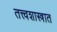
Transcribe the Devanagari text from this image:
तत्त्वशास्त्रात